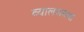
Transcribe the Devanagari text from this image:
व्यालअथवा